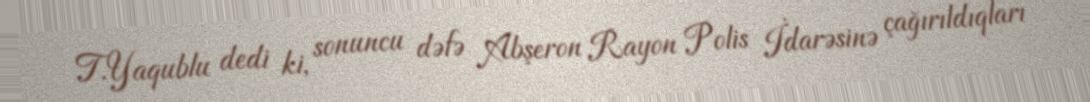
T.Yaqublu dedi ki, sonuncu dəfə Abşeron Rayon Polis İdarəsinə çağırıldıqları